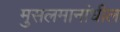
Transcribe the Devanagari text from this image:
मुसलमानांधील